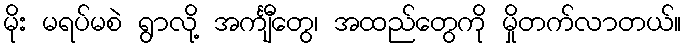
မိုး မရပ်မစဲ ရွာလို့ အင်္ကျီတွေ၊ အထည်တွေကို မှိုတက်လာတယ်။